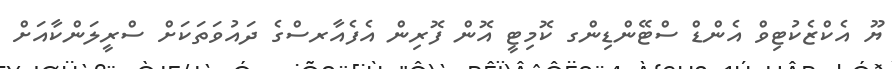
ޔޫ އެކްޒެކުޓިވް އެންޑް ސްޓޭންޑިންގ ކޮމިޓީ އޮން ފޮރިން އެފެއާރސްގެ ދައުވަތަކަށް ސްރީލަންކާއަށް